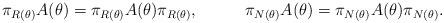
LaTeX: \begin{align*}\pi_{R(\theta)} A(\theta) = \pi_{R(\theta)} A(\theta) \pi_{R(\theta)}, & &\pi_{N(\theta)} A(\theta) = \pi_{N(\theta)} A(\theta) \pi_{N(\theta)}.\end{align*}